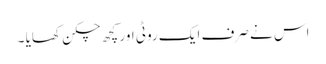
اس نے صرف ایک روٹی اور کچھ چکن کھایا ۔